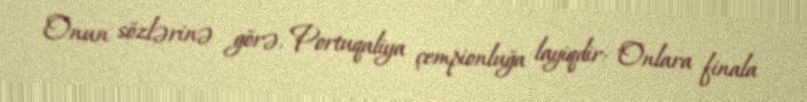
Onun sözlərinə görə, Portuqaliya çempionluğa layiqdir: "Onlara finala